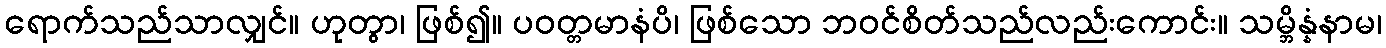
ရောက်သည်သာလျှင်။ ဟုတွာ၊ ဖြစ်၍။ ပဝတ္တမာနံပိ၊ ဖြစ်သော ဘဝင်စိတ်သည်လည်းကောင်း။ သမ္ဘိန္နံနာမ၊